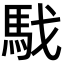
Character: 𩢅